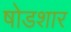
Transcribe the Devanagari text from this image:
षोडशार